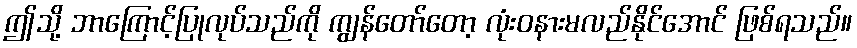
ဤသို့ ဘာကြောင့်ပြုလုပ်သည်ကို ကျွန်တော်တော့ လုံးဝနားမလည်နိုင်အောင် ဖြစ်ရသည်။